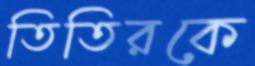
তিতিরকে